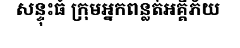
សន្ទុះធំ ក្រុមអ្នកពន្លត់អគ្គីភ័យ